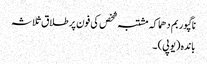
ناگپور بم دھماکہ مشتبہ شخص کی فون پر طلاق ثلاثہ
باندہ (یوپی) ۔